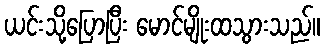
ယင်းသို့ပြောပြီး မောင်မျိုးထသွားသည်။